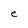
Character: e